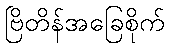
ဗြိတိန်အခြေစိုက်